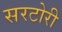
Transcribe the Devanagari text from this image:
सरटोरी